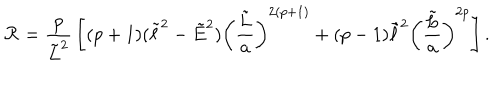
LaTeX: { \cal R } = { \frac { p } { \tilde { L } ^ { 2 } } } \left[ ( p + 1 ) ( \tilde { \ell } ^ { 2 } - \tilde { E } ^ { 2 } ) \left( { \frac { \tilde { L } } { a } } \right) ^ { 2 ( p + 1 ) } + ( p - 1 ) \tilde { \ell } ^ { 2 } \left( { \frac { \tilde { L } } { a } } \right) ^ { 2 p } \right] .